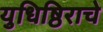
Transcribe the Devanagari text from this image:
युधिष्ठिराचे